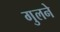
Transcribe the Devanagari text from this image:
गुलने